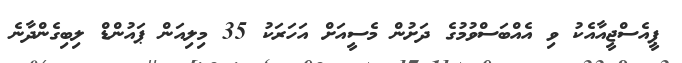
ޕީއެސްޖީއާއެކު ވި އެއްބަސްވުމުގެ ދަށުން މެސީއަށް އަހަރަކު 35 މިލިއަން ޕައުންޑް ލިބިގެންދާނެ